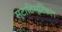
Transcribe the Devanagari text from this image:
स्टाटिस्टिकल